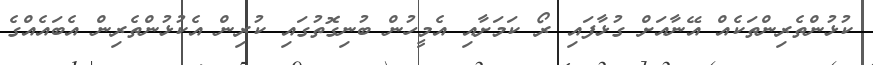
ކުޅުންތެރިންތަކެއް އޭނާއަށް ގުޅާފައި ރޯ ކަމަށާއި އެމީހުން ބުނިގޮތުގައި ކުރިން އެކުޅުންތެރިން އެބައެއްގެ